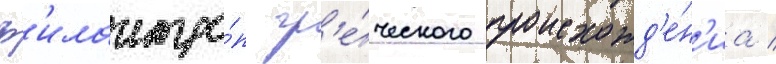
ф'илантро́п гр'е́ческого происхожд'е́н'иа /